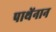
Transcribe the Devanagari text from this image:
पाथेंनान